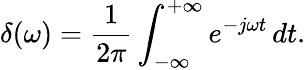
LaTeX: \delta(\omega)=\frac{1}{2\pi}\int_{-\infty}^{+\infty}e^{-j\omega t}\, dt.